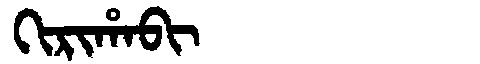
Manchu: ᡴᡳᡵᡳᡥᠠᠪᡳ
Romanization: KIRIHABI